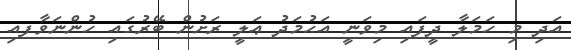
އަދި މި ހަމަލާ ދީފައި މިވަނީ އަޙުމަދު ޢަލީ ރަށުން ބޭރުގައި ހުންނަވާފއި